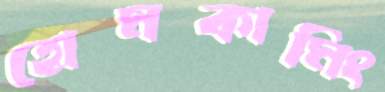
হোমকামিং